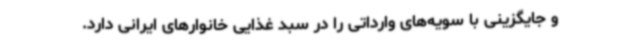
و جایگزینی با سویه‌های وارداتی را در سبد غذایی خانوارهای ایرانی دارد.